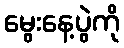
မွေးနေ့ပွဲကို